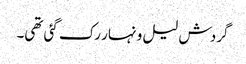
گردش لیل و نہار رک گئی تھی۔